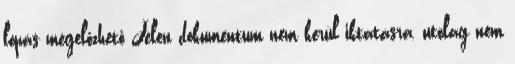
lopás megelőzhető Jelen dokumentum nem kerül iktatásra, utólag nem